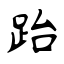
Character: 跆